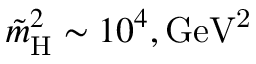
\tilde { m } _ { \mathrm { H } } ^ { 2 } \sim 1 0 ^ { 4 } , \mathrm { G e V ^ { 2 } }